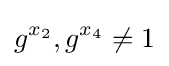
g^{x_{2}},g^{x_{4}}\neq 1